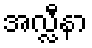
အလ္လီနာ